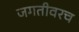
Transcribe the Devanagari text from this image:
जगतीवरच